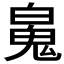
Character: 𩲸